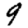
Digit: 9